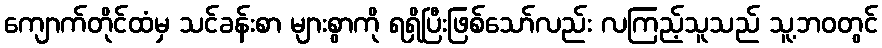
ကျောက်တိုင်ထံမှ သင်ခန်းစာ များစွာကို ရရှိပြီးဖြစ်သော်လည်း လကြည့်သူသည် သူ့ဘဝတွင်